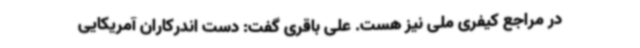
در مراجع کیفری ملی نیز هست. علی باقری گفت: دست اندرکاران آمریکایی